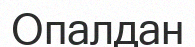
Опалдан